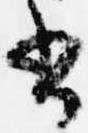
書